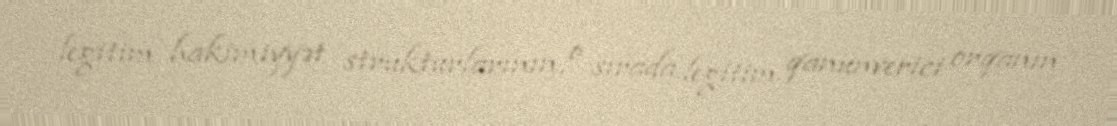
legitim hakimiyyət strukturlarının, o sırada legitim qanunverici orqanın